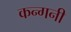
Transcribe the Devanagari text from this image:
कन्गनी